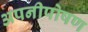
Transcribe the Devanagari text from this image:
अपनीपोषण